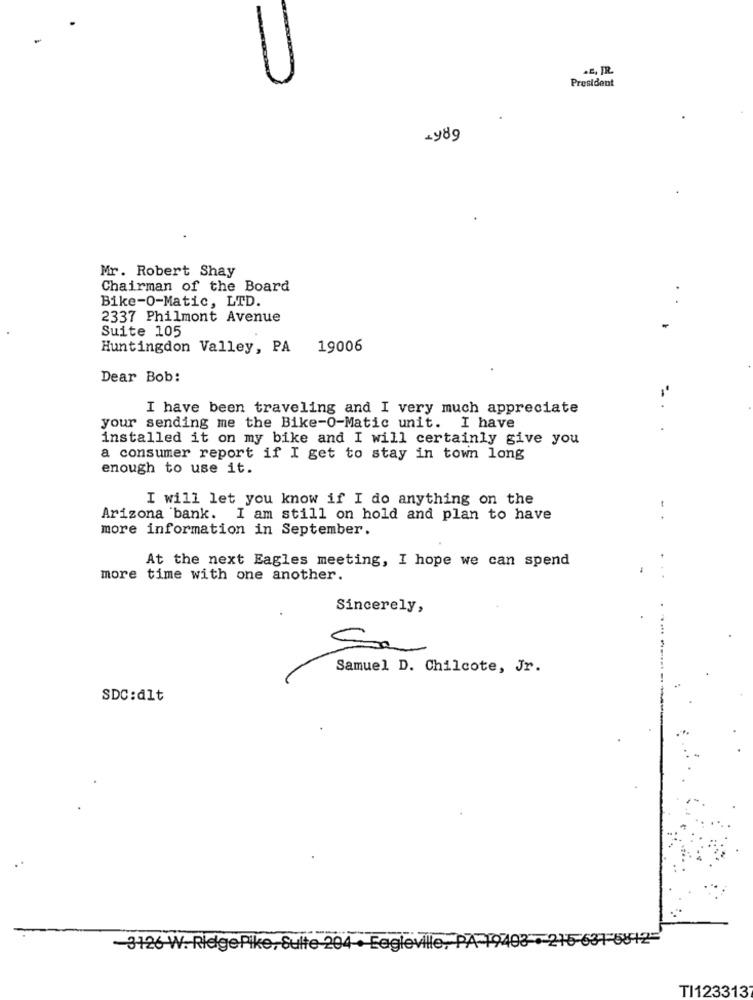
.E, IR.
President
Mr. Robert Shay
Chairman of the Board
Bike-O-Matic, LTD.
2337 Philmont Avenue
Suite 105
Huntingdon Valley, PA
19006
Dear Bob:
I have been traveling and I very much appreciate
your sending me the Bike-O-Matic unit. I have
installed it on my bike and I will certainly give you
a consumer report if I get to stay in town long
enough to use it.
I will let you know if I do anything on the
Arizona bank. I am still on hold and plan to have
more information in September.
At the next Eagles meeting, I hope we can spend
more time with one another.
Sincerely,
Sa
Samuel D. Chilcote, Jr.
SDC:dlt
-3126 W. RlelgePike, Sulte 204 · Eagleville, PA-19403 +215-631-6812
TI1233137